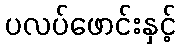
ပလပ်ဖောင်းနှင့်